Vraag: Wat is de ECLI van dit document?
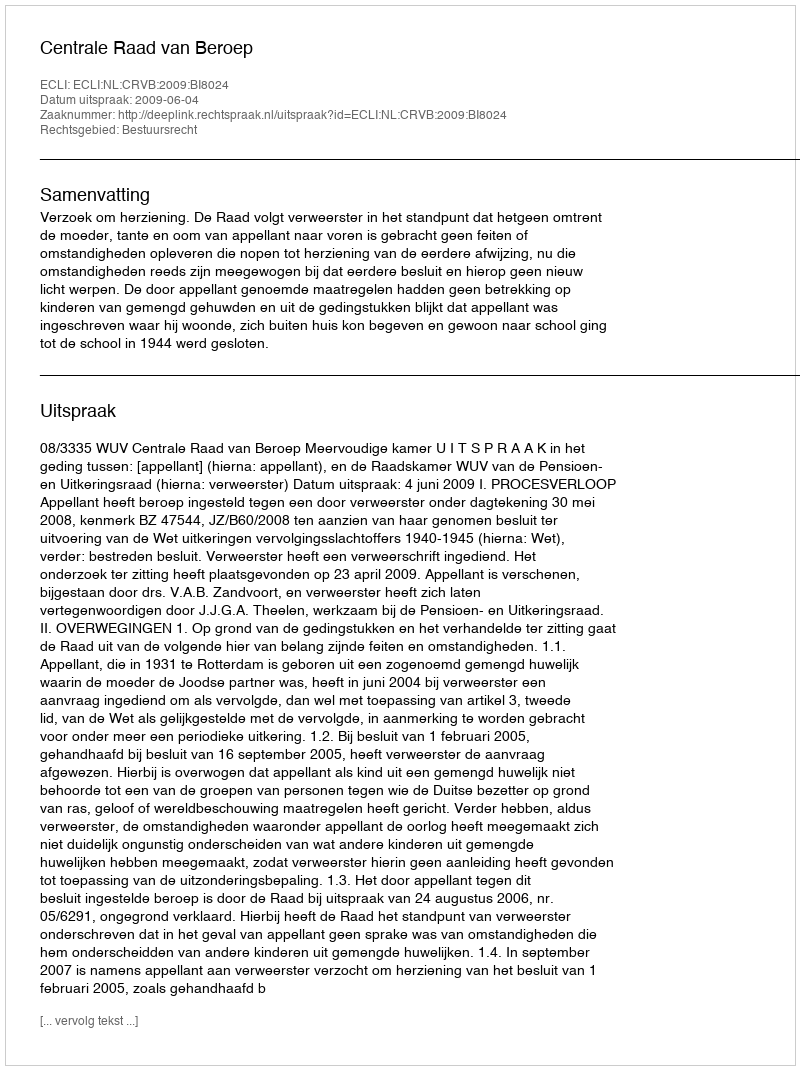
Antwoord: ECLI:NL:CRVB:2009:BI8024